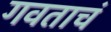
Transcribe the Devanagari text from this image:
गवताचं